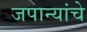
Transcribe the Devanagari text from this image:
जपान्यांचे